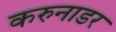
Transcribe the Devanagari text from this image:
करुनाडर